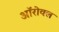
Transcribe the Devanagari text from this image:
ऑरोवल